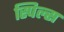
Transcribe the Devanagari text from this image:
स्पिल्स